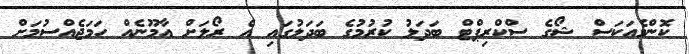
ކޮންމެއަކަސް ޝޯގެ ސްކްރިޕްޓް ބަދަލު ކުރުމުގެ ބަދަލުގައި އެ ރޯލަށް އާމޫނެއް ހަމަޖެއްސުމަށް